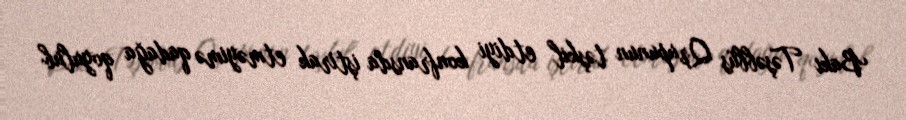
Bakı Təşəbbüs Qrupunun təşkil etdiyi konfransda iştirak etməyimə qadağa qoyulub